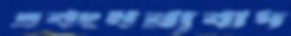
এবংধন্যবাদ